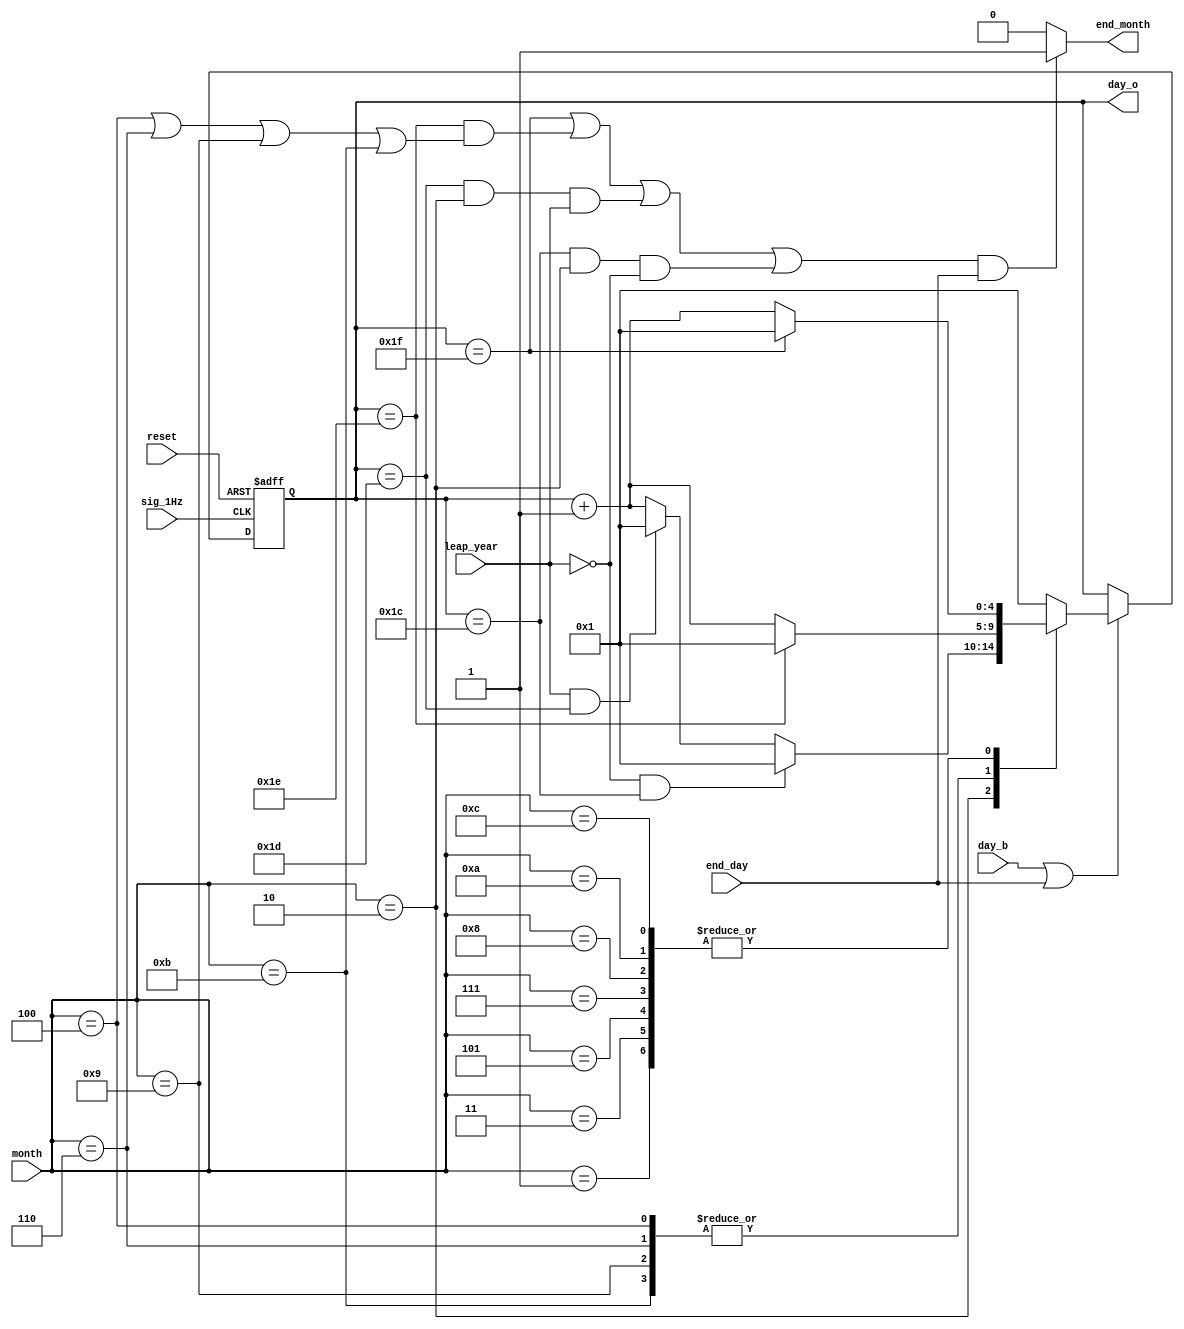
module ngay( 
			input sig_1Hz,
			input end_day,
			input day_b,//but_day la de tang ngay
			input reset,
			input [3:0] month,
			input leap_year,
			output end_month,// tin hieu da ket thuc 1 thang
			output [4:0] day_o);
			
			
	 //gan gia tri ngay ban dau bang 1
	 reg [4:0] day=1;
	 
	 always@(posedge reset or posedge sig_1Hz)begin
	    if(reset) day=5'd1;
		 else 
				if(day_b|end_day)
					case(month)
						1: begin 
								if (day==31) day<=1;
								else day<=day+1;
							end
						2: begin 
								if (~leap_year && day ==28) day <=1;
								else if(leap_year && day ==29) day<=1;
										else day <=day+1;
							end
						3: begin 
								if (day==31) day<=1;
								else day<=day+1;
							end
						4: begin 
								if (day==30) day<=1;
								else day<=day+1;
							end
						5: begin 
								if (day==31) day<=1;
								else day<=day+1;
							end
						6: begin 
								if (day==30) day<=1;
								else day<=day+1;
							end
						7: begin 
								if (day==31) day<=1;
								else day<=day+1;
							end
						8: begin 
								if (day==31) day<=1;
								else day<=day+1;
							end
						9: begin 
								if (day==30) day<=1;
								else day<=day+1;
							end
						10: begin 
								if (day==31) day<=1;
								else day<=day+1;
							end
						11: begin 
								if (day==30) day<=1;
								else day<=day+1;
							end
						12: begin 
								if (day==31) day<=1;
								else day<=day+1;
							end
						default: day<=1;
					endcase
			end
		
	
		assign end_month= (day==31||
								(day==30 && (month==4||month==6||month==9||month==11)) ||
								(day==29 && month==2 && leap_year)||
								(day==28 && month==2 && ~leap_year))&end_day?1:0;

		assign day_o=day;
endmodule